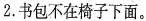
2.书包不在椅子下面。